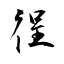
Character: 徎